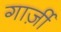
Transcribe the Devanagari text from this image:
गार्ज़ी